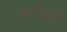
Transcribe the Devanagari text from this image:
बागीश्वरी